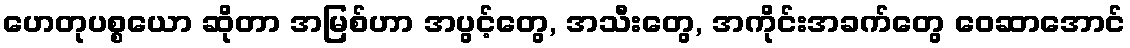
ဟေတုပစ္စယော ဆိုတာ အမြစ်ဟာ အပွင့်တွေ, အသီးတွေ, အကိုင်းအခက်တွေ ဝေဆာအောင်